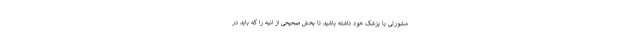
مشورتی با پزشک خود داشته باشید تا بخش صحیحی از انبه را که باید در